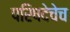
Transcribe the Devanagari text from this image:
परिषदेचेच